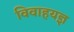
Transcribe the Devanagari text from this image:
विवाहयज्ञ